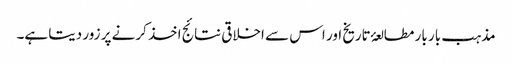
مذہب بار بار مطالعۂ تاریخ اور اس سے اخلاقی نتائج اخذ کرنے پر زور دیتا ہے۔